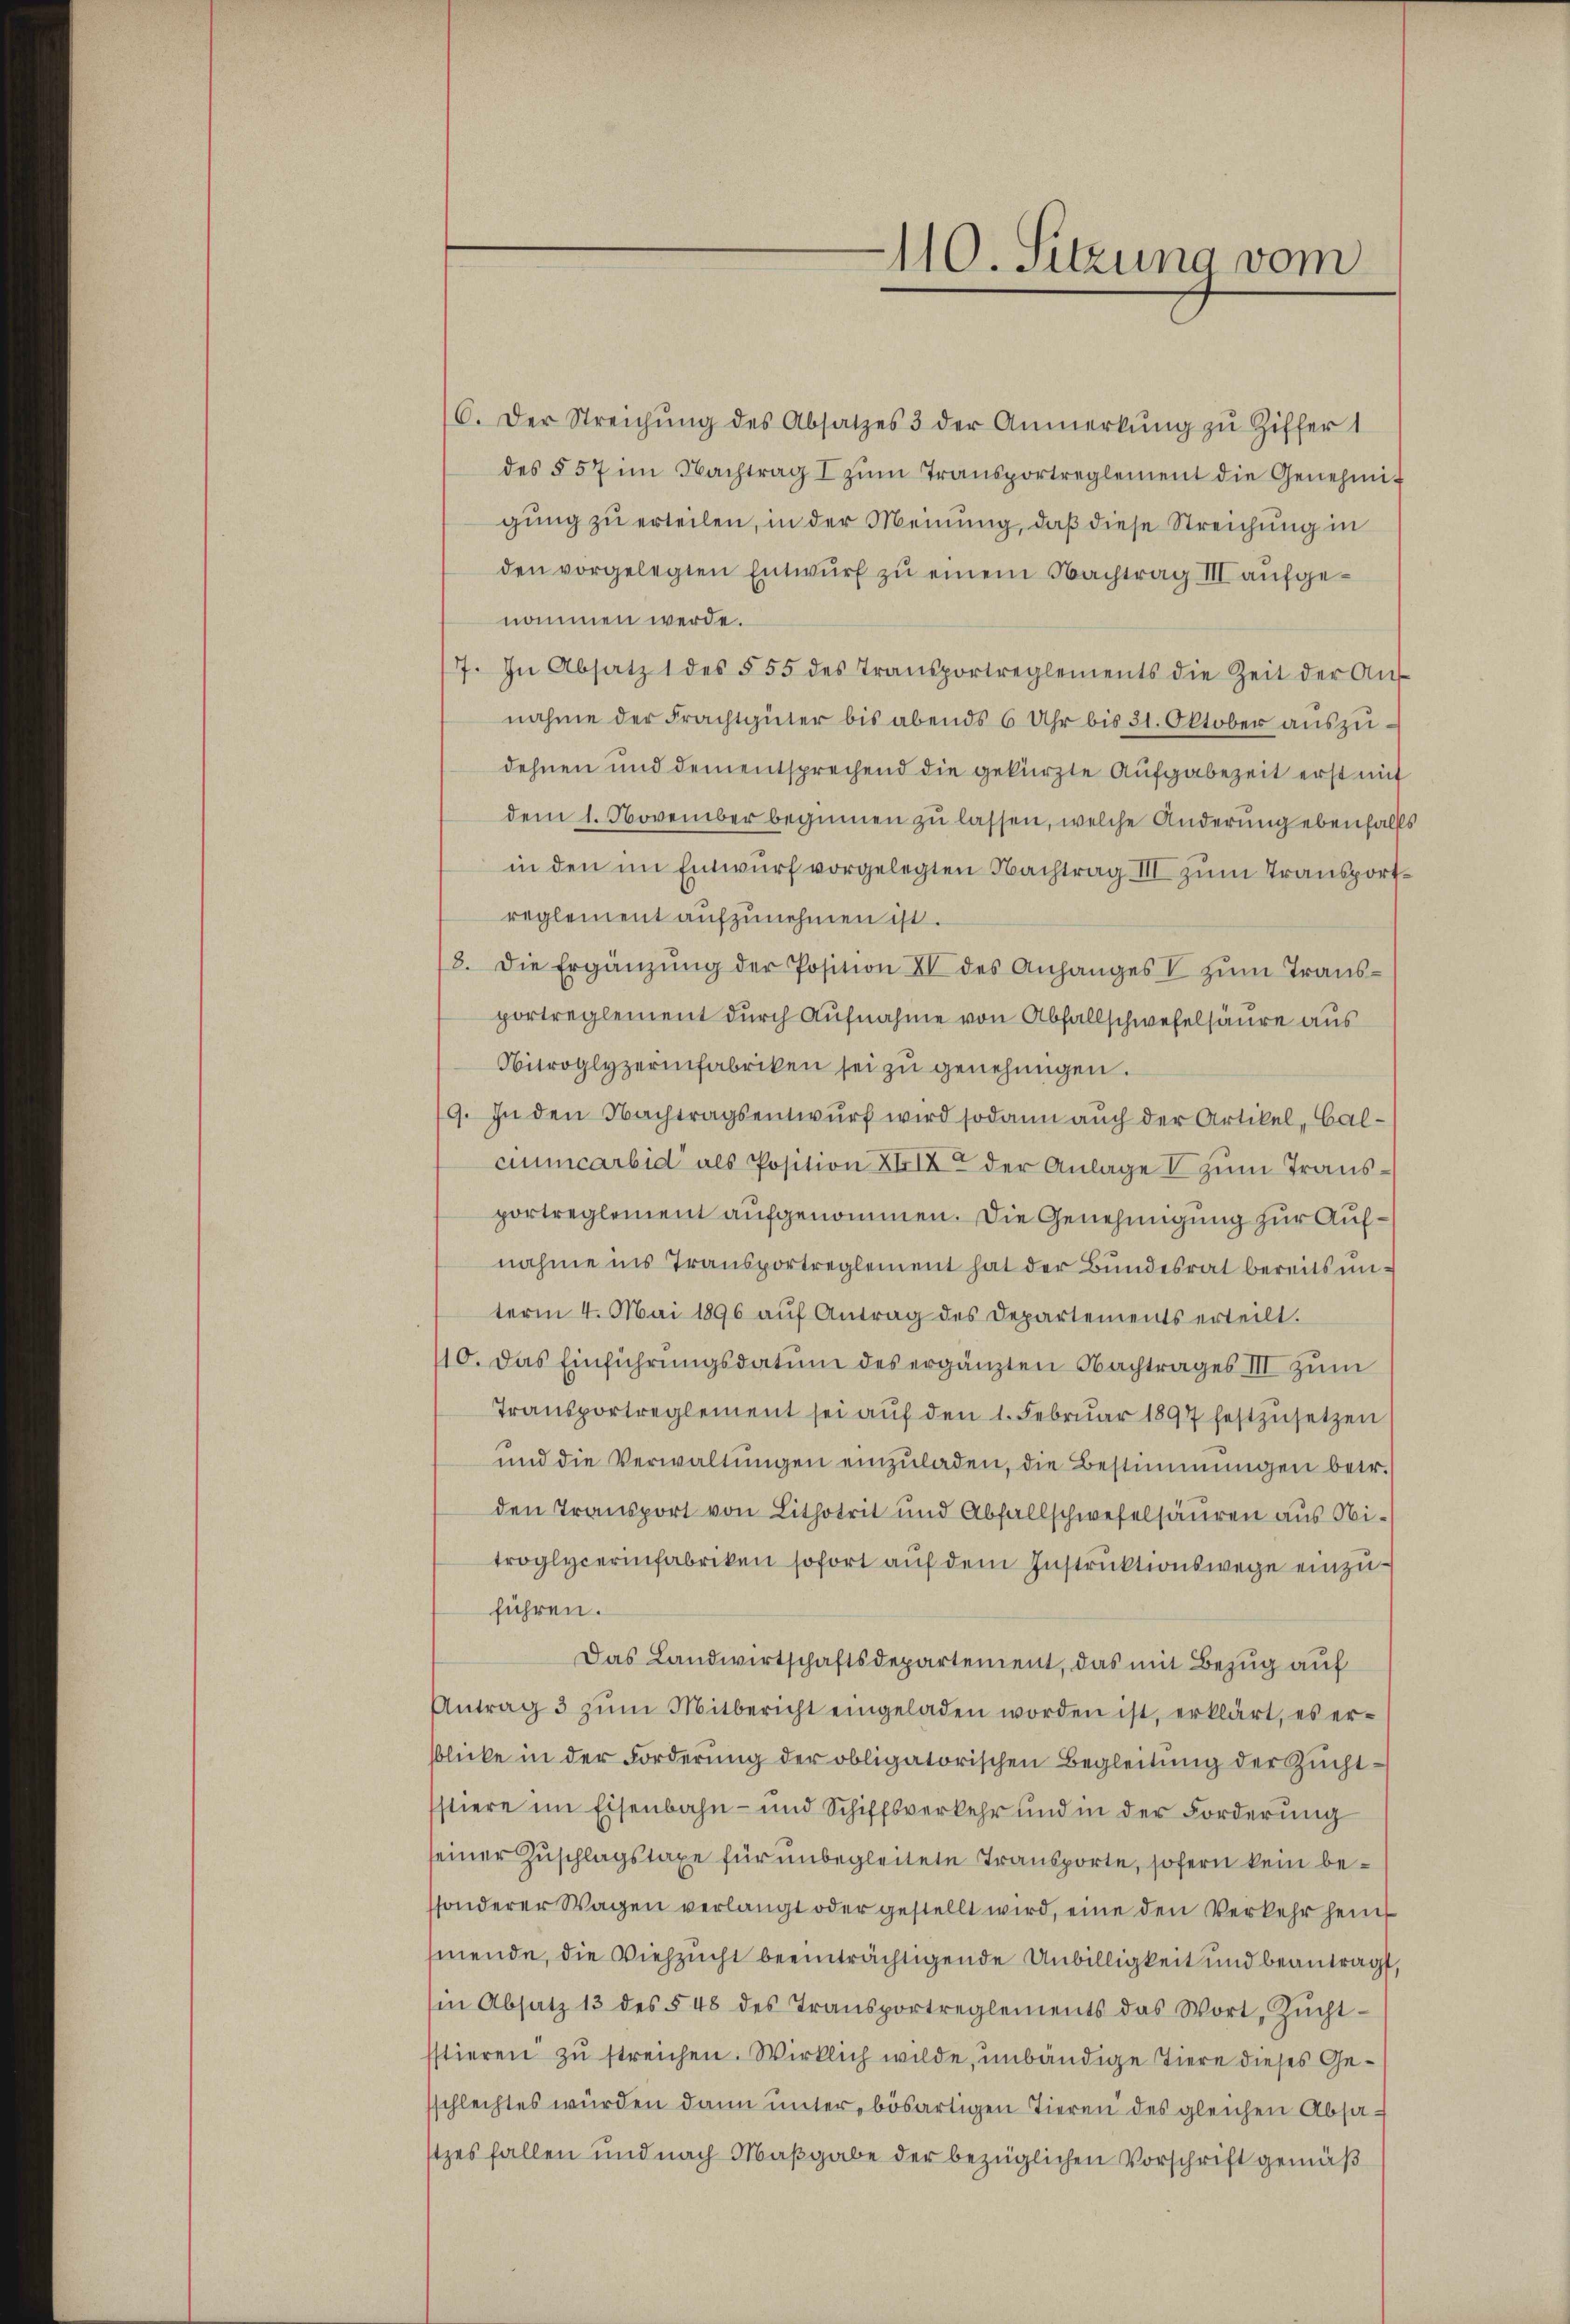
6. Der Streichŭng des Absatzes 3 der Anmerkŭng zŭ Ziffer 1
des § 57 im Nachtrag I zŭm Transportreglement die Genehmi
gung zu erteilen, in der Meinung, daß diese Streichung in
den vorgelegten Entwurf zu einem Nachtrag III aufgenommen werde.
7. In Absatz 1 des § 55 des Transportreglements die Zeit der Aŭf
nahme der Frachtgüter bis abends 6 Uhr bis 31. Oktober aŭszŭ-
dehnen und dem entsprechend die gekürzte Aufgabezeit erst mit
dem 1. November beginnen zu lassen, welche Änderung ebenfalls
in den im Entwurf vorgelegten Nachtrag III zum Transportreglement aufzunehmen ist.
8. die Ergänzŭng der Position XV des Anhanges V zŭm Transportreglement durch Aufnahme von Abfallschwefelsäure aus
Nitroglyzerinfabriken sei zu genehmigen.
19. In den Nachtragsentwurf wird sodann auch der Artikel, Calciumcarbid als Position XXIX der Anlage I zum Transportreglement aufgenommen. Die Genehmigung zur Aufnahme ins Transportreglement hat der Bundesrat bereits unterm 4. Mai 1896 aŭf Antrag des Departements erteilt.
110. Das Einführungsdatum des ergänzten Nachtrages III zum
Transportreglement sei aŭf den 1. Febrŭar 1897 festzŭsetzen
ŭnd die Verwaltŭngen einzŭladen, die Bestimmungen betr.
den Transport von Lithotrit und Abfallschwefelsäuren aus Nitroglycerinfabriken sofort auf dem Instruktionswege einzuführen.
Das Landwirtschaftsdepartement, das mit Bezug auf
Antrag 3 zŭm Mitbericht eingeladen worden ist, erklärt, es er-
sblicke in der Forderung der obligatorischen Begleitung der Zuchtstiere im Eisenbahn- und Schiffsverkehr und in der Forderung
seiner Zuschlagstaxe für unbegleitete Transporte, sofern kein bessonderer Wagen verlangt oder gestellt wird, eine den Verkehr heint
mende, die Viehzucht beeinträchtigende Unbilligkeit und beantragt,
sin Absatz 13 des § 48 des Transportreglements das Wort, Zŭcht-
sstieren zu streichen. Wirklich wilde, unbändige Tiere dieses Gesschlechtes würden dann unter bösartigen Tieren des gleichen Absatzes fallen und nach Maßgabe der bezüglichen Vorschrift gemäß

110. Sitzung vom